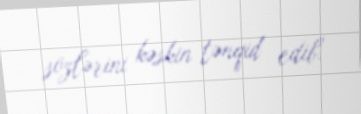
sözlərini kəskin tənqid edib.